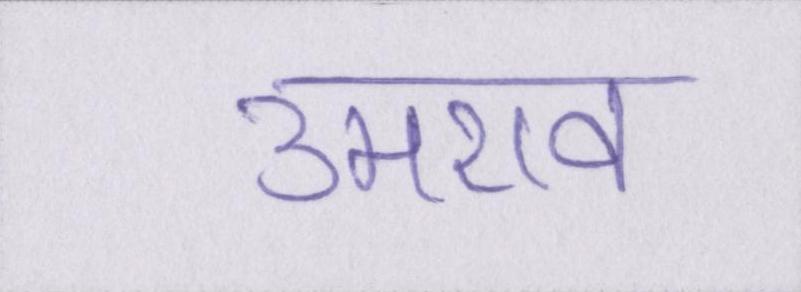
उमराव